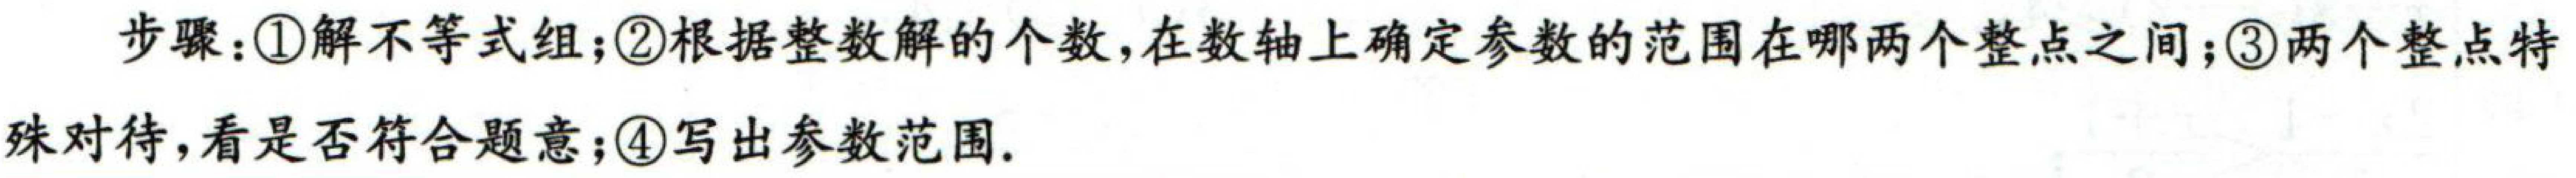
步骤：\textcircled{1}解不等式组；\textcircled{2}根据整数解的个数，在数轴上确定参数的范围在哪两个整点之间；\textcircled{3}两个整点特殊对待，看是否符合题意；\textcircled{4}写出参数范围。